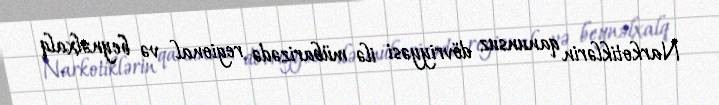
Narkotiklərin qanunsuz dövriyyəsi ilə mübarizədə regional və beynəlxalq